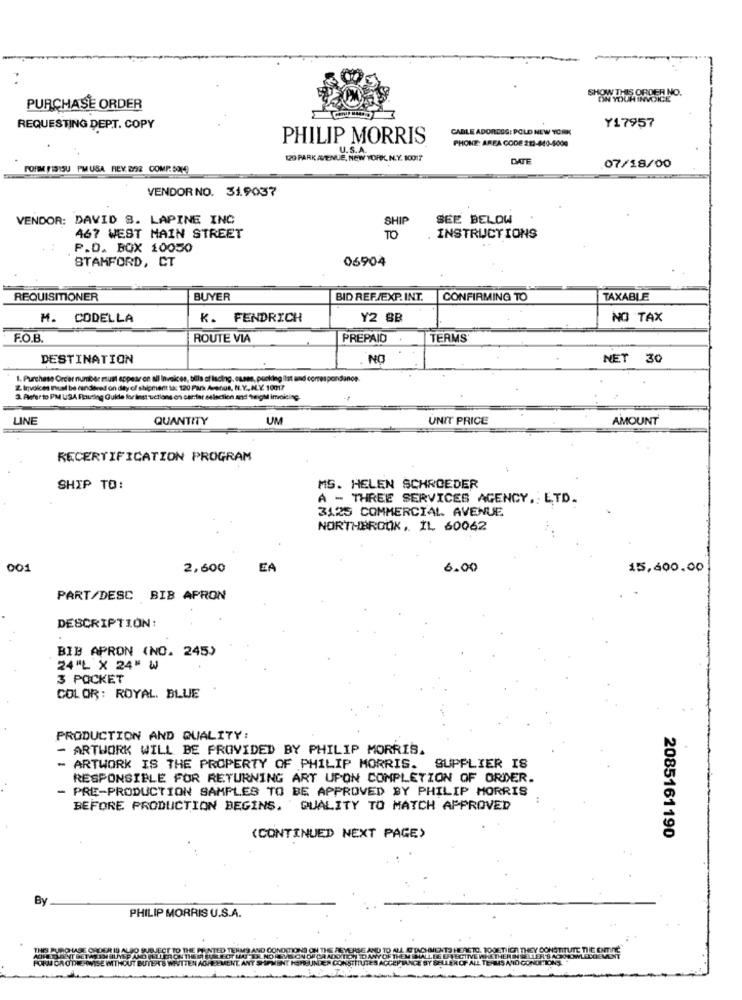
ON YOUR IMESMO
PURCHASE ORDER
Y17957
REQUESTING DEPT. COPY
CABLE ADORESS: POLD NEW YORK
PHILIP MORRIS
PHONE: AREA CODE 211-440-5000
U.S.A.
120 PARK AVENUE, NEW YORK, N.Y. 10017
DATE
07/18/00
FORM (1515U PMUSA REY 8/92 COMP. SOM
VENDORNO. 31.9037
VENDOR: DAVID S. LAPINE INC
SHIF
SEE BELOW
467 WEST MAIN STREET
TO
INSTRUCTIONS
P.D. BOX 10050
STAMFORD, CT
06904
REQUISITONER
BUYER
BID REF./EXP. INT.
CONFIRMING TO
TAXABLE
M. CODELLA
K. FENDRICH
Y2 8B
NO TAX
F.O.B.
ROUTE VIA
PREPAID
TERMS
DESTINATION
NO
NET 30
1. Purchase Order number must appear on all Invoices, bills of lacing, ouses, pucking ilst and correspondance.
2 Invoices must be dindieved on day of shipment sa: 120 PAS Avenue, N.Y.N.V. 10017
3. Alefer to PM USA Routing Guide for instructions on car.far esiaction and "teigMi imoicing.
LINE
QUANTITY
UM
UNIT PRICE
AMOUNT
RECERTIFICATION PROGRAM
SHIP TO:
MS. HELEN SCHROEDER
A - THREE SERVICES AGENCY. LTD.
3125 COMMERCIAL. AVENUE
NORTHBROOK, IL 60062
001
2,600
EA
6.00
15,600.00
PART/DESC BIB APRON
DESCRIPTION:
BIB APRON (NO. 245)
24 "L X 24" W
3 POCKET
COLOR: ROYAL. BLUE
PRODUCTION AND QUALITY:
- ARTWORK WILL BE PROVIDED BY PHILIP MORRIS.
- ARTWORK IS THE PROPERTY OF PHILIP MORRIS. SUPPLIER IS
RESPONSIBLE FOR RETURNING ART UPON COMPLETION OF ORDER.
PRE-PRODUCTION SAMPLES TO BE APPROVED BY PHILIP MORRIS
BEFORE PRODUCTION BEGINS. QUALITY TO MATCH APPROVED
(CONTINUED NEXT PAGE)
2085161190
By
PHILIP MORRIS U.S.A.